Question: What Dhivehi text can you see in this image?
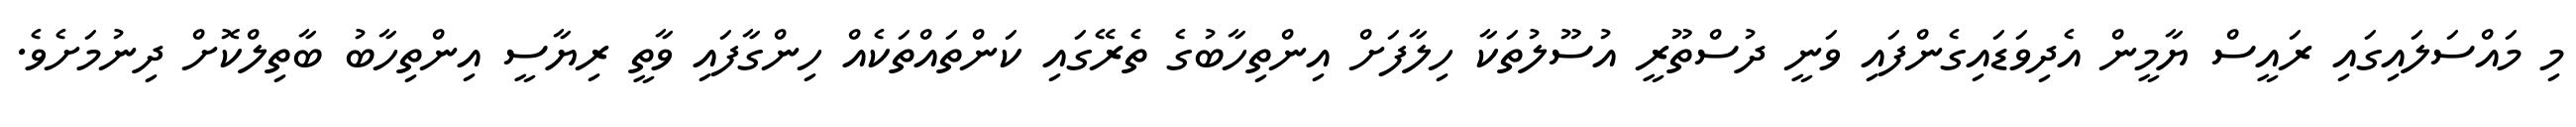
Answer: މި މައްސަލައިގައި ރައީސް ޔާމީން އެދިވަޑައިގެންފައި ވަނީ ދުސްތޫރީ އުސޫލުތަކާ ހިލާފަށް އިންތިހާބުގެ ތެރޭގައި ކަންތައްތަކެއް ހިންގާފައި ވާތީ ރިޔާސީ އިންތިހާބު ބާތިލްކޮށް ދިނުމަށެވެ.